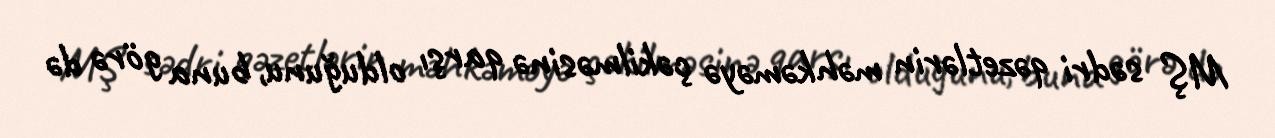
MŞ sədri qəzetlərin məhkəməyə çəkilməsinə qarşı olduğunu, buna görə də